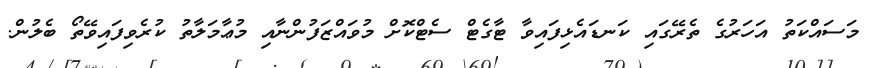
މަސައްކަތު އަހަރުގެ ތެރޭގައި ކަނޑައެޅިފައިވާ ޓާގެޓް ސެޓްކޮށް މުވައްޒަފުންނާއި މުޢާމަލާތު ކުރެވިފައިވޭތޯ ބެލުން.